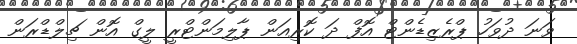
ވަނަ ދުވަހު ޕްރެޒިޑެންޓް އޮފް ދަ ކޮރިއަން ޕާލިމަންޓްރީ ލީގް އޮން ޗިލްޑްރަން